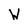
Character: W